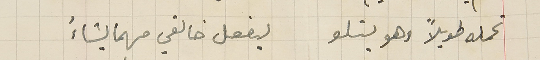
تحمله طويلاً وهو يتلو ليفعل خالقي مهما يشاءُ